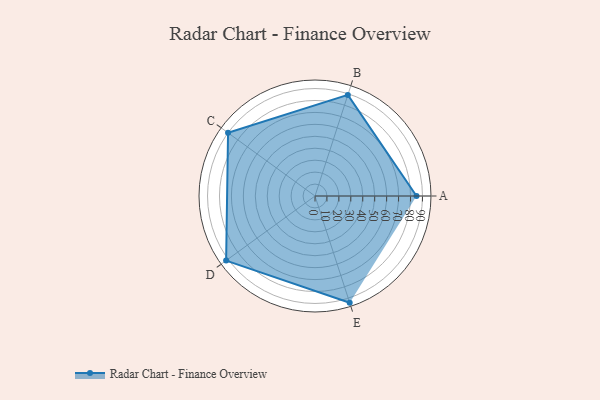
{"axis": {"x": "Skill", "y": "Score"}, "legend": ["Profile"], "data": [{"x": "A", "y": 85.0, "type": "Profile"}, {"x": "B", "y": 89.0, "type": "Profile"}, {"x": "C", "y": 90.0, "type": "Profile"}, {"x": "D", "y": 92.0, "type": "Profile"}, {"x": "E", "y": 94.0, "type": "Profile"}]}